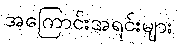
အကြောင်းအရင်းများ